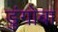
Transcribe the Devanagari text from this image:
डुंगोबा